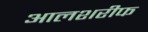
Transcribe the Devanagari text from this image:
आलशरीफ